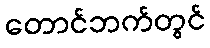
တောင်ဘက်တွင်